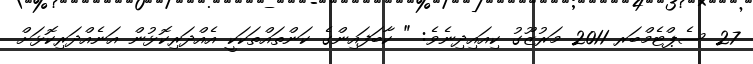
27 ސެޕްޓެމްބަރ 2011 މަރުޒޫގު ކިއައިދިނެވެ: " ކާބަފައިންގެ ކަންތައްތަކަކީ އެއްދަރިކޮޅުން އަނެއްދަރިކޮޅަށް